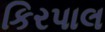
કિરપાલ